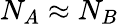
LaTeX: N_{A}\approx N_{B}